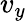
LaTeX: v_{y}